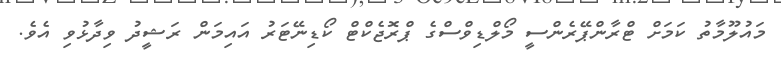
މައުލޫމާތު ކަމަށް ޓްރާންޕޭރެންސީ މޯލްޑިވްސްގެ ޕްރޮޖެކްޓް ކޯޑިނޭޓަރު އައިމަން ރަޝީދު ވިދާޅުވި އެވެ.